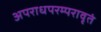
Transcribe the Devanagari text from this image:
अपराधपरम्परावृतं